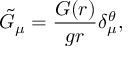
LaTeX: \tilde { G } _ { \mu } = \frac { G ( r ) } { g r } \delta _ { \mu } ^ { \theta } ,